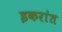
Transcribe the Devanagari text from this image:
इकरांत